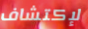
لإكتشاف